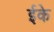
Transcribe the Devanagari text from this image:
ईके